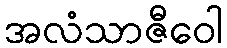
အလံသာဇီဝေါ